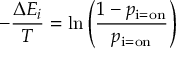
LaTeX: - { \frac { \Delta E _ { i } } { T } } = \ln \left( { \frac { 1 - p _ { \mathrm { i = o n } } } { p _ { \mathrm { i = o n } } } } \right)